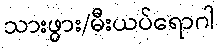
သားဖွား/မီးယပ်ရောဂါ